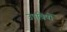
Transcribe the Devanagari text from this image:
उपविषों